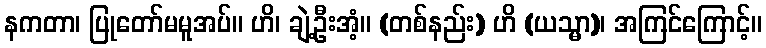
နကတာ၊ ပြုတော်မမူအပ်။ ဟိ၊ ချဲ့ဦးအံ့။ (တစ်နည်း) ဟိ (ယသ္မာ)၊ အကြင်ကြောင့်။